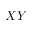
X Y